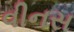
વીનસ